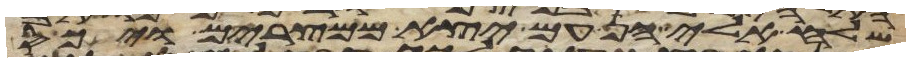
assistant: שלח אלי הן עם יצא ממצרים ויכס